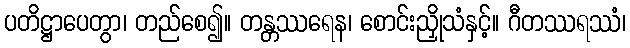
ပတိဋ္ဌာပေတွာ၊ တည်စေ၍။ တန္တဿရေန၊ စောင်းညှိုသံနှင့်။ ဂီတဿရဿံ၊